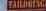
tailoring